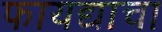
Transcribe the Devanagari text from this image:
फायद्याचा